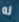
له